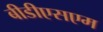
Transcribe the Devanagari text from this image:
बीडीएसएम